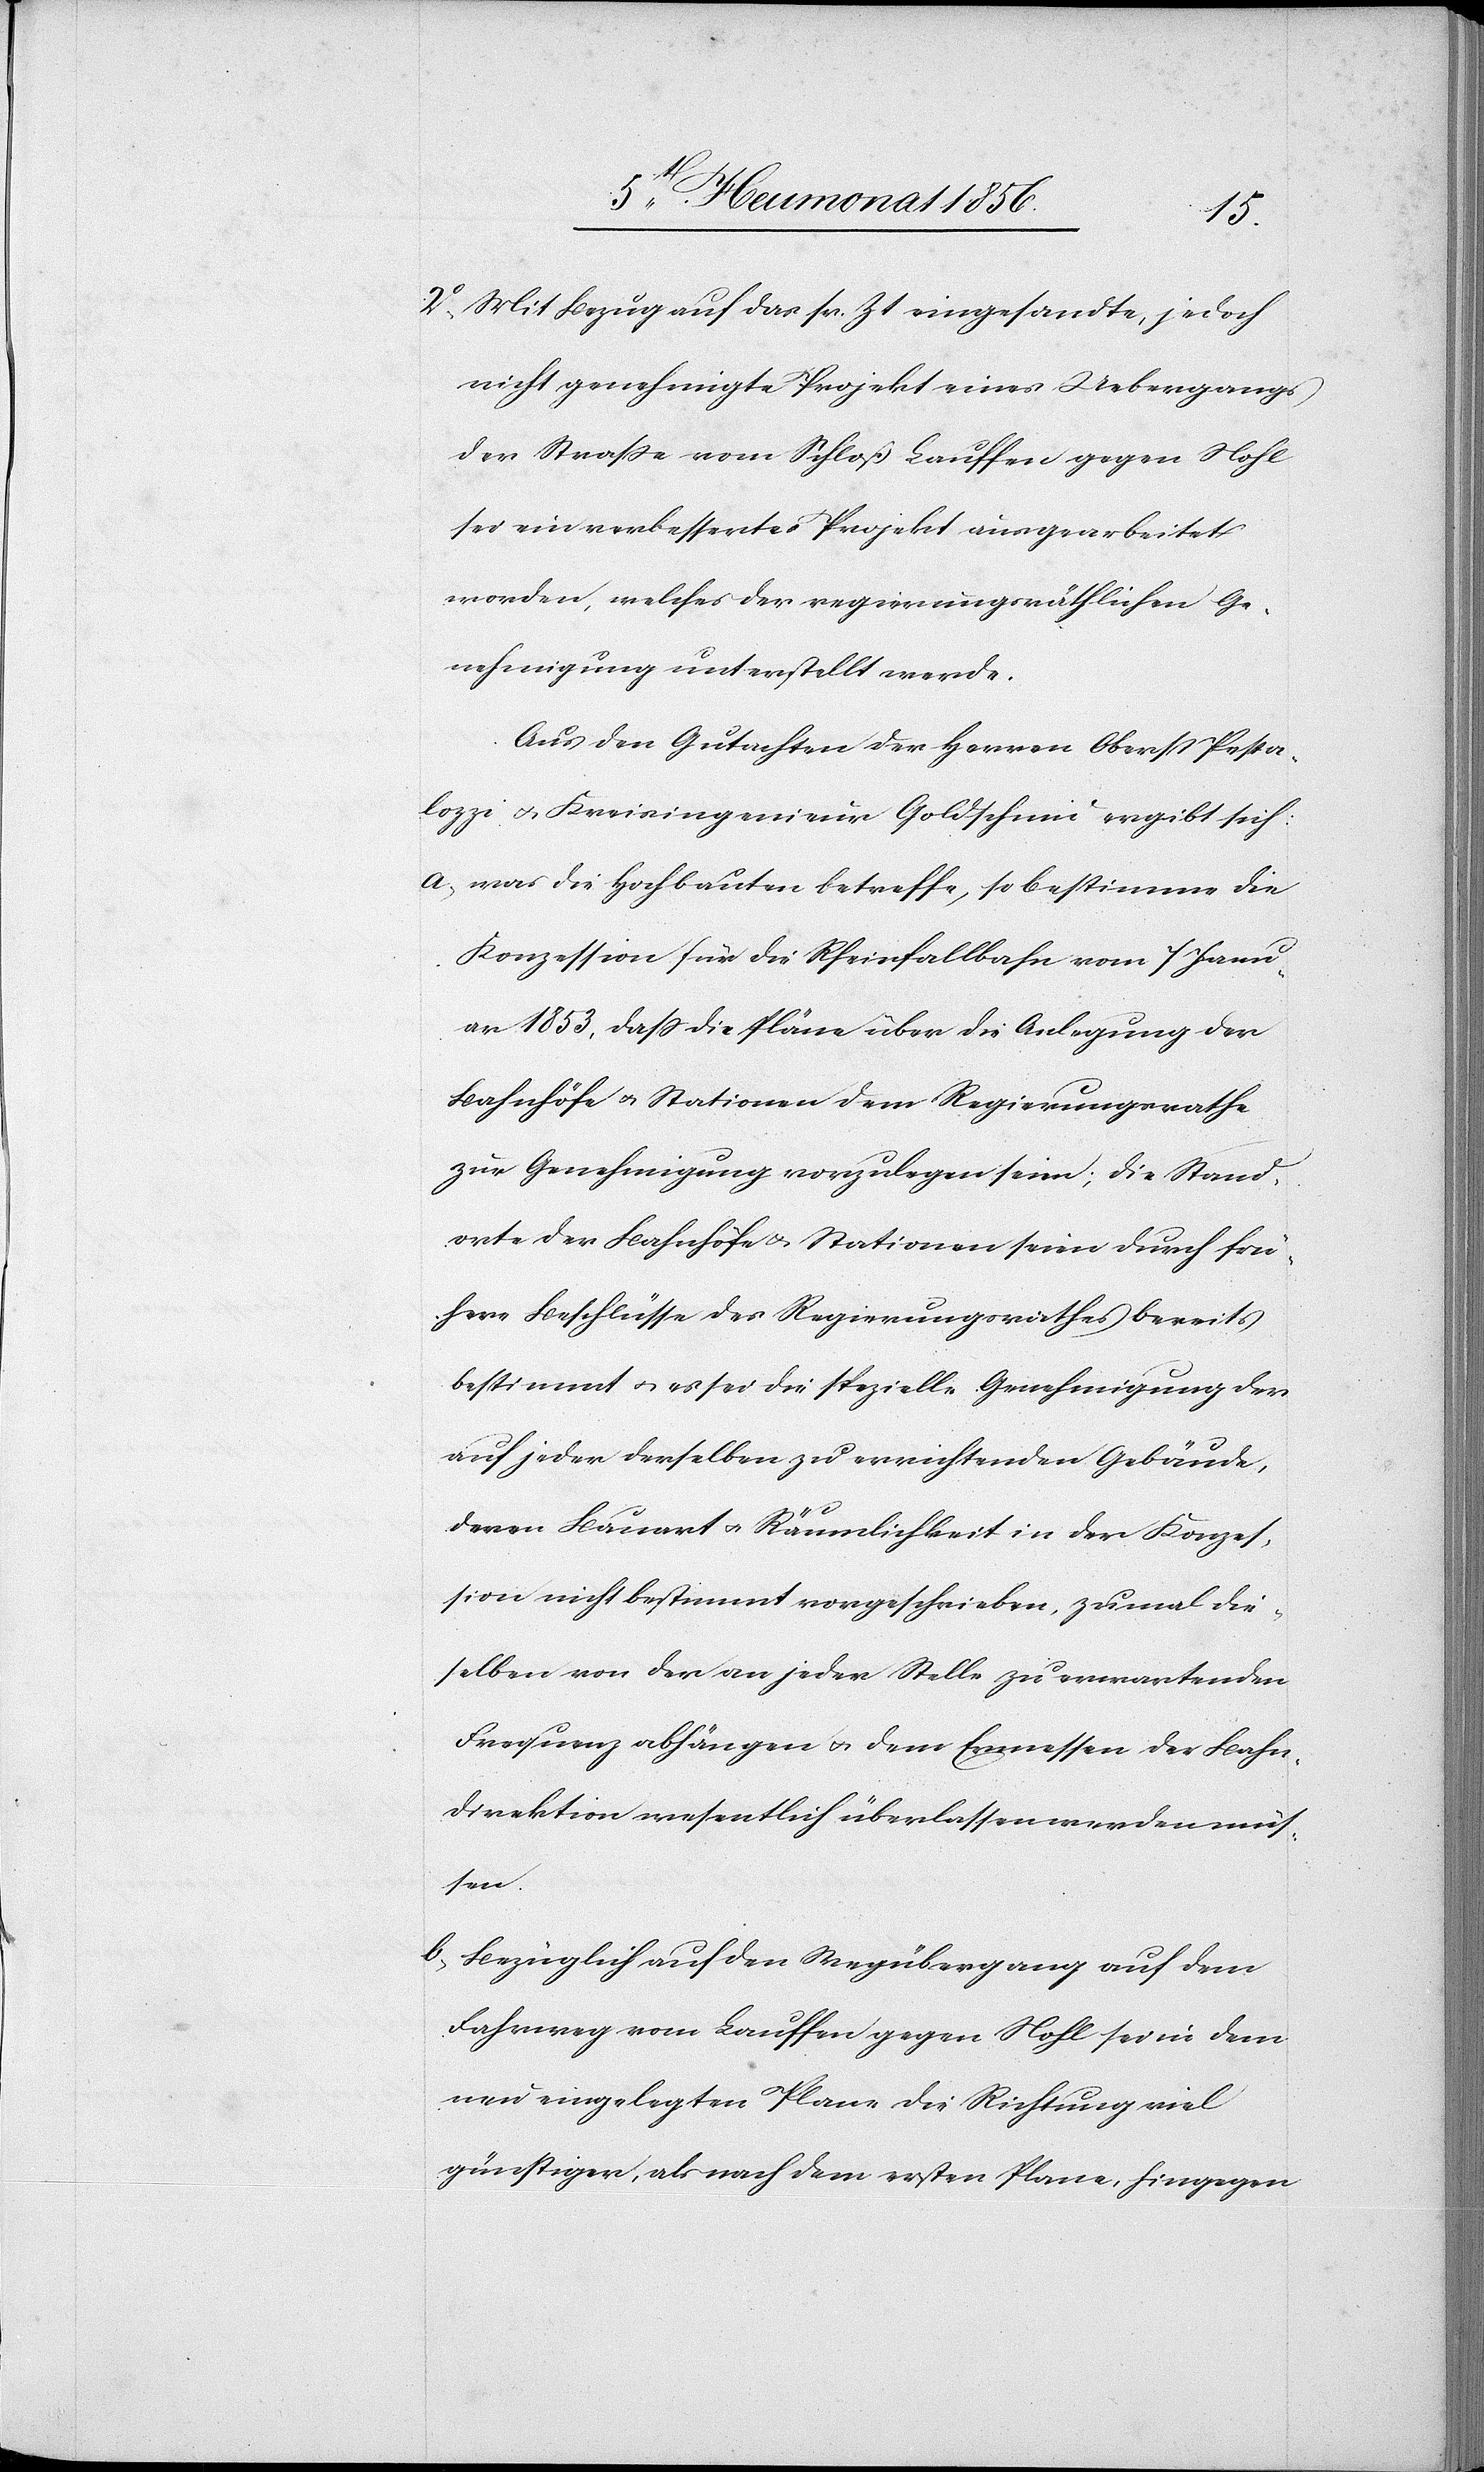
2o Mit Bezug auf das sr. Zeit eingesandte, jedoch
nicht genehmigte Projekt eines Uebergangs
der Strasse vom Schloß Lauffen gegen Nohl
sei ein verbessertes Projekt ausgearbeitet
worden, welches der regierungsräthlichen Ge¬
nehmigung unterstellt werde.
Aus den Gutachten der Herren Oberst Pesta¬
lozzi u. Kreisingenieur Goldschmid ergibt sich:
a) was die Hochbauten betreffe, so bestimme die
Konzession für die Rheinfallbahn vom 7 Janu¬
ar 1853, dass die Pläne über die Anlegung der
Bahnhöfe u. Stationen dem Regierungsrathe
zur Genehmigung vorzulegen seien; die Stand¬
orte der Bahnhöfe u. Stationen seien durch frü¬
here Beschlüsse des Regierungsrathes bereits
bestimmt u. es sei die spezielle Genehmigung der
auf jeder derselben zu errichtenden Gebäude,
deren Bauart u. Räumlichkeit in der Konzes¬
sion nicht bestimmt vorgeschrieben, zumal die¬
selben von der an jeder Stelle zu erwartenden
Frequenz abhängen u. dem Ermessen der Bahn¬
direktion wesentlich überlassen werden müs¬
sen.
b) Bezüglich auf den Wegübergang auf dem
Fahrweg vom Lauffen gegen Nohl sei in dem
neu eingelegten Plane die Richtung viel
günstiger, als nach dem ersten Plane, hingegen